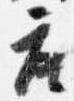
座